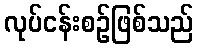
လုပ်ငန်းစဉ်ဖြစ်သည်